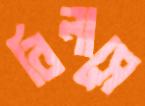
বিলাসে